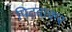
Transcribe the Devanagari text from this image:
पिटवाकर